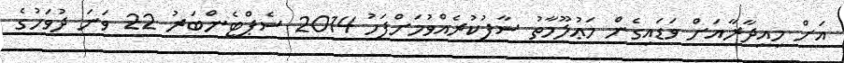
އަށް މިއިދާރާއަށް ވަޑައިގެން މަޢުލޫމާތު ސާފުކުރެއްވުމަށްފަހު 2014 ސެޕްޓެންބަރު 22 ވަނަ ދުވަހުގެ